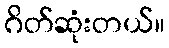
ဂိတ်ဆုံးတယ်။